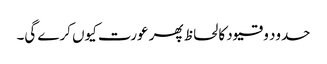
حدود و قیود کا لحاظ پھر عورت کیوں کرے گی۔